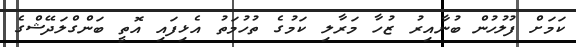
ކަމަށް ފުލުހުން ބުނާއިރު ޒުހާ މަރާލި ކަމުގެ ތުހުމަތު އެޅިފައި އޮތީ ބަންގްލަދޭޝްގެ